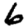
Digit: 6